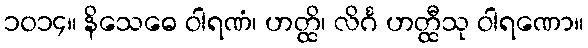
၁၀၁၄။ နိသေဓေ ဝါရဏံ၊ ဟတ္ထိ၊ လိင်္ဂ ဟတ္ထီသု ဝါရဏော။